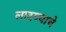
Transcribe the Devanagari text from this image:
लादण्याचे